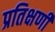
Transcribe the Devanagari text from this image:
प्रतिक्षणीं